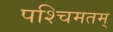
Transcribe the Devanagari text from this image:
पश्चिमतम्